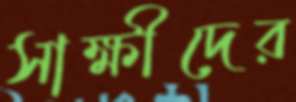
সাক্ষীদের